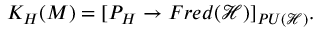
K _ { H } ( M ) = [ P _ { H } \rightarrow F r e d ( { \mathcal { H } } ) ] _ { P U ( { \mathcal { H } } ) } .